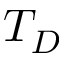
T _ { D }